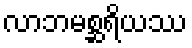
လာဘမစ္ဆရိယဿ